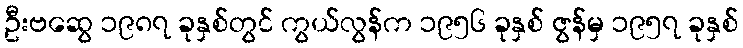
ဦးဗဆွေ ၁၉၈၇ ခုနှစ်တွင် ကွယ်လွန်က ၁၉၅၆ ခုနှစ် ဇွန်မှ ၁၉၅၇ ခုနှစ်